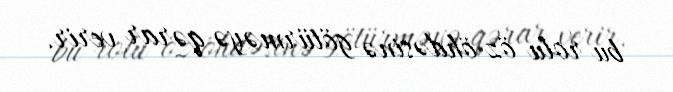
bu rolu öz öhdəsinə götürməyə qərar verir.